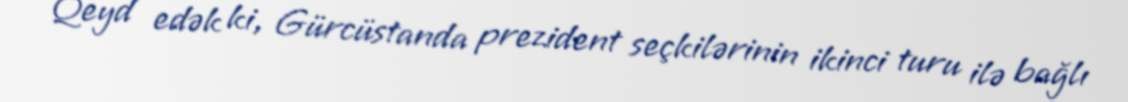
Qeyd edək ki, Gürcüstanda prezident seçkilərinin ikinci turu ilə bağlı